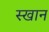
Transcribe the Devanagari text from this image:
स्खान